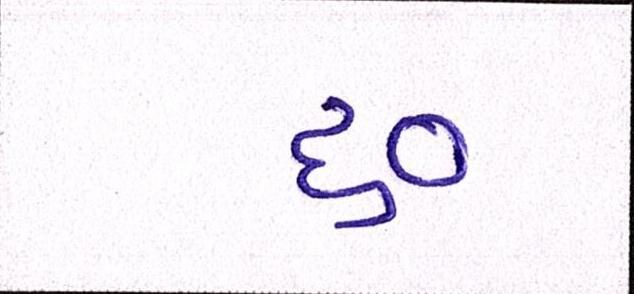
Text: ૬૦